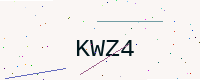
Text: KWZ4